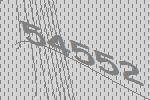
54552